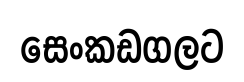
සෙංකඩගලට